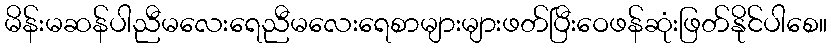
မိန်းမဆန်ပါညီမလေးရေညီမလေးရေစာများများဖတ်ပြီးဝေဖန်ဆုံးဖြတ်နိုင်ပါစေ။